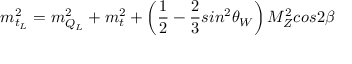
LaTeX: m _ { t _ { L } } ^ { 2 } = m _ { Q _ { L } } ^ { 2 } + m _ { t } ^ { 2 } + \left( { \frac { 1 } { 2 } } - { \frac { 2 } { 3 } } s i n ^ { 2 } \theta _ { W } \right) M _ { Z } ^ { 2 } c o s 2 \beta